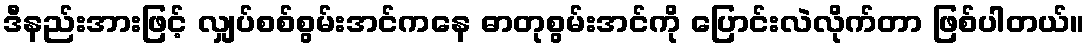
ဒီနည်းအားဖြင့် လျှပ်စစ်စွမ်းအင်ကနေ ဓာတုစွမ်းအင်ကို ပြောင်းလဲလိုက်တာ ဖြစ်ပါတယ်။